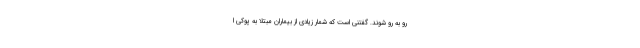
رو به رو شوند. گفتنی است که شمار زیادی از بیماران مبتلا به پوکی ا